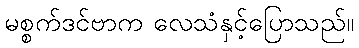
မစ္စက်ဒင်ဗာက လေသံနှင့်ပြောသည်။